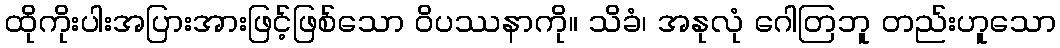
ထိုကိုးပါးအပြားအားဖြင့်ဖြစ်သော ဝိပဿနာကို။ သိခံ၊ အနုလုံ ဂေါတြဘူ တည်းဟူသော